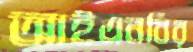
আইএনবির